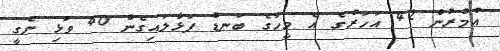
އުމުރުން 42 އަހަރުގެ އެ މީހާގެ ބަނޑު ފަޅާލައިގެން 40 ވަޅި ނެގީ